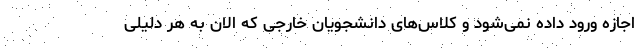
اجازه ورود داده نمی‌شود و کلاس‌های دانشجویان خارجی که الان به هر دلیلی